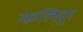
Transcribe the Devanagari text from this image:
कलिट्टा